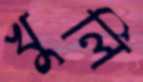
খুলি